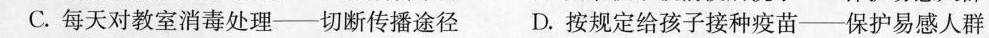
C.每天对教室消毒处理--切断传播途径 D.按规定给孩子接种疫苗--保护易感人群